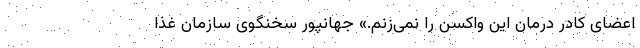
اعضای کادر درمان این واکسن را نمی‌زنم.» جهانپور سخنگوی سازمان غذا